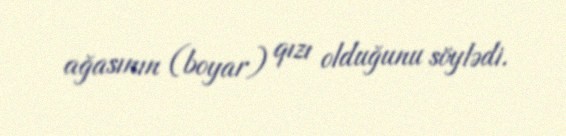
ağasının (boyar) qızı olduğunu söylədi.